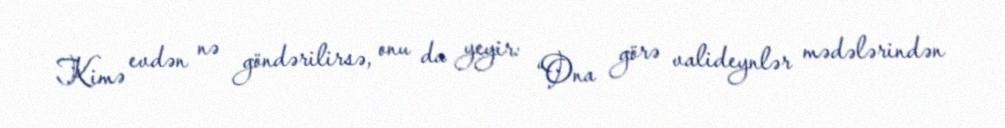
Kimə evdən nə göndərilirsə, onu da yeyir: “Ona görə valideynlər mədələrindən